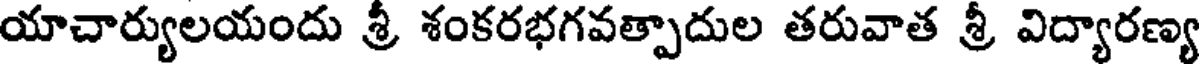
యాచార్యులయందు శ్రీ శంకరభగవత్పాదుల తరువాత శ్రీ విద్యారణ్య